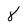
Character: 8